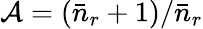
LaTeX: \mathcal{A}=(\bar{n}_{r}+1)/\bar{n}_{r}